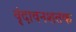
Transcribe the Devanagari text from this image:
वृंदावनशतक